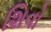
શિવો